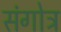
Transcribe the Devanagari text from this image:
संगोत्र